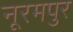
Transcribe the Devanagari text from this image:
नूरमपुर